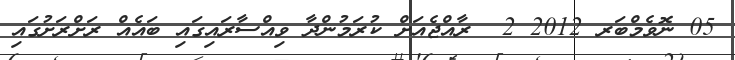
05 ނޮވެމްބަރ 2012 2  ރާއްޖެއަށް ކުރަމުންދާ ވިއްސާރައިގައި ބައެއް ރަށްރަށުގައި